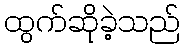
ထွက်ဆိုခဲ့သည်